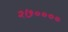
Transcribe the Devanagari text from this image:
२७००००